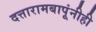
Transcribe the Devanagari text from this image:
दत्तारामबापूंनीही